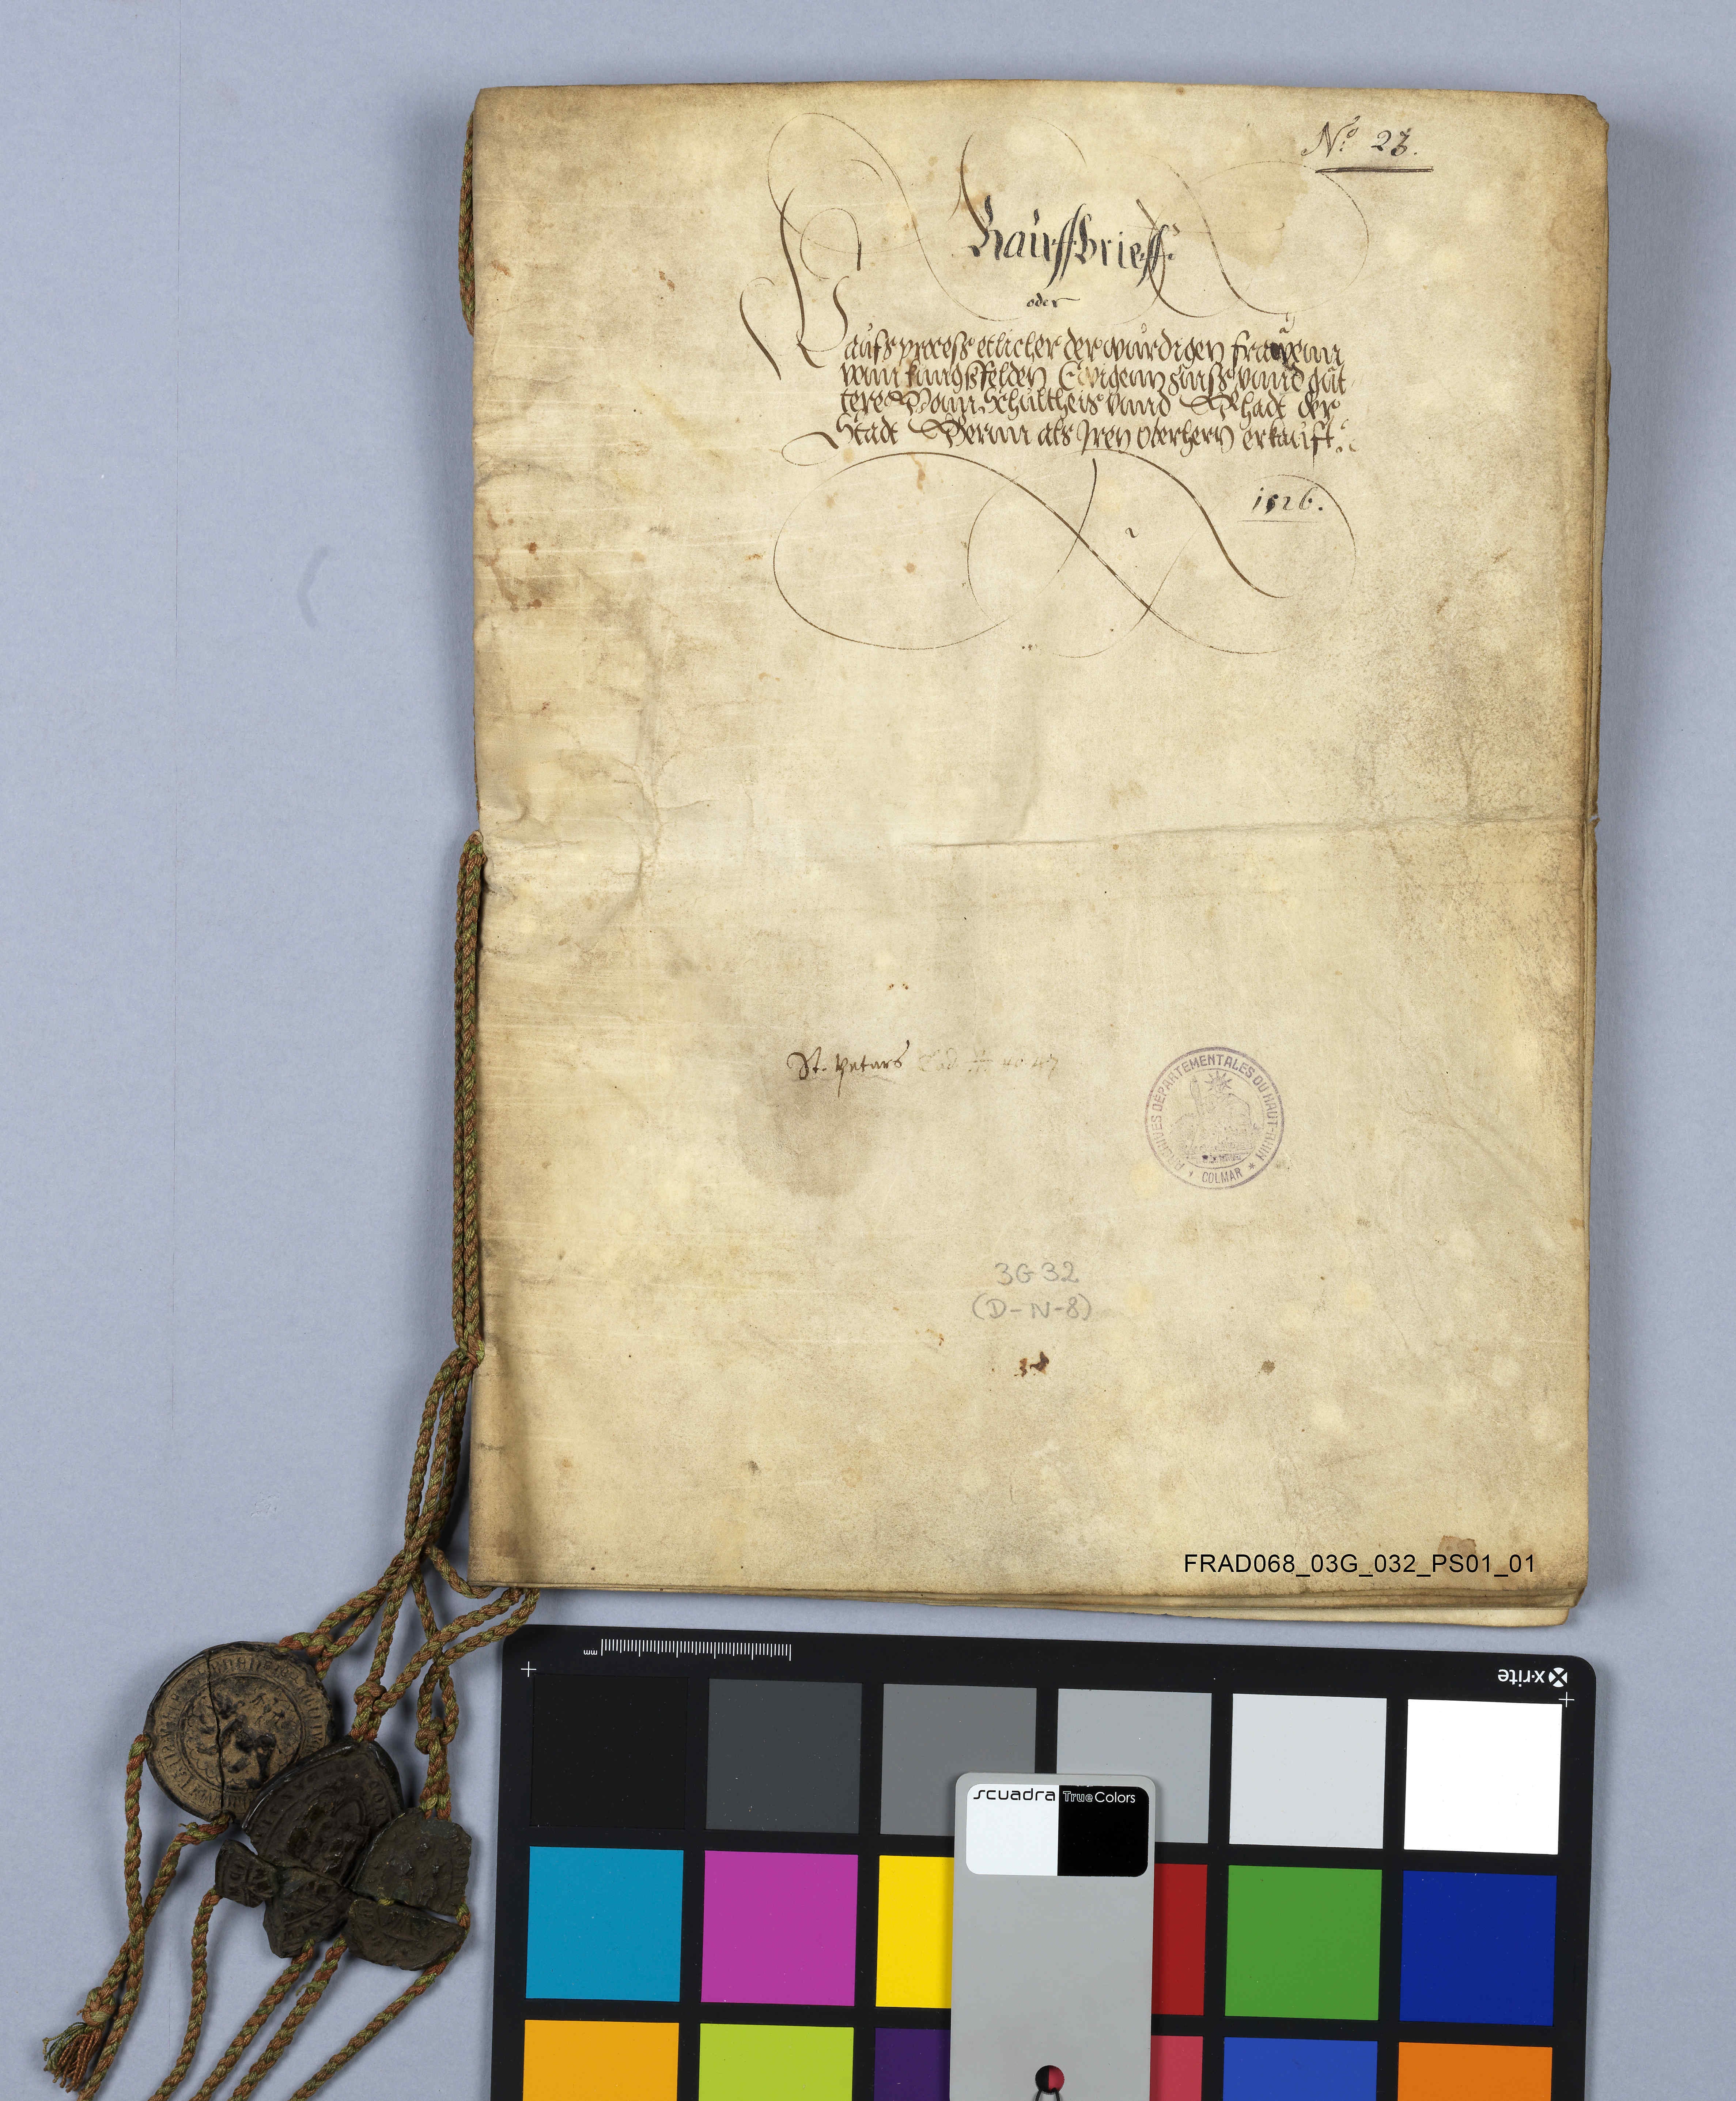
No 23
Kaùffbrieff
oder
kaùfsprocesz etlicher der wuͦrdigen fraͣwenn
vonn Kungszfelden ewigenn     guͦt-
ere vonn schùltheis unnd rhadt der
Stadt Bernn als iren oberhern erkauͦft ✳
1526✳